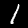
Label: 1